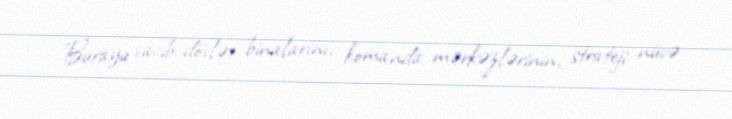
Buraya vacib dövlət binalarını, komanda mərkəzlərinin, strateji nüvə